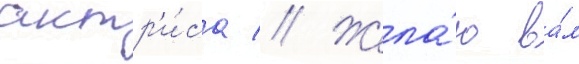
актр'и́са // Жела́ю ва́м